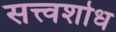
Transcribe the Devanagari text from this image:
सत्त्वशोध